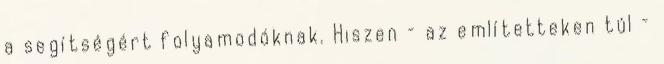
a segítségért folyamodóknak. Hiszen – az említetteken túl –